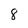
Character: 8